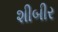
શીબીર